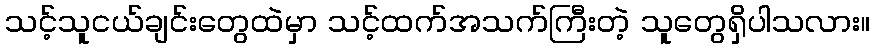
သင့်သူငယ်ချင်းတွေထဲမှာ သင့်ထက်အသက်ကြီးတဲ့ သူတွေရှိပါသလား။